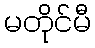
မတိုင်မီ